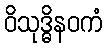
ဝိသုဒ္ဓိနဝကံ